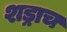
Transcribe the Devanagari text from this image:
शड्राच